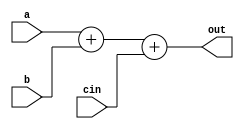
module alu(out, a, b, cin);
	parameter IN_LENGTH = 32;
	
	output [IN_LENGTH - 1:0] out;
	input [IN_LENGTH - 1:0] a;
	input [IN_LENGTH - 1:0] b;
	input cin;

	assign out = a + b + cin;

endmodule